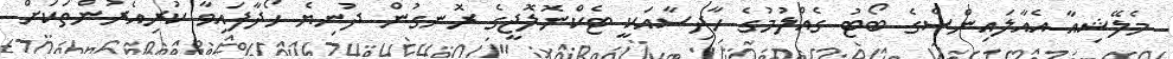
މެލޭޝިއާ އެއާލައިންސްގެ ބޯޓު ގެއްލުމުގެ ހާދިސާއަކީ ޓެކްނޮލޮޖީގެ ރޮނގުން ދުނިޔެ ހޯދާފައިވާ ކުރިއެރުންތަކަށް